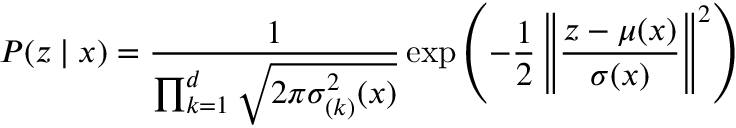
P ( z \mid x ) = \frac { 1 } { \prod _ { k = 1 } ^ { d } \sqrt { 2 \pi { \sigma } _ { ( k ) } ^ { 2 } ( x ) } } \exp \left( - \frac { 1 } { 2 } \left\| \frac { z - { \mu } ( x ) } { { \sigma } ( x ) } \right\| ^ { 2 } \right)